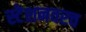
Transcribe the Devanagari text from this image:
स्टेशनवरच